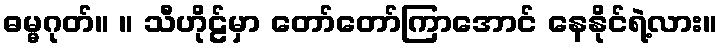
ဓမ္မဂုတ်။ ။ သီဟိုဠ်မှာ တော်တော်ကြာအောင် နေနိုင်ရဲ့လား။